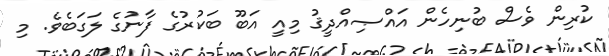
ކުރިން ވެސް ބުނިހެން އައްޞިއްދީޤު މިއީ އަބޫ ބަކުރުގެ ފާނުގެ ލަގަބެވެ. މި